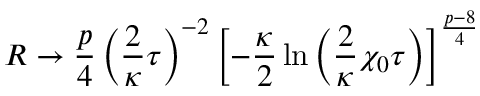
R \rightarrow \frac { p } { 4 } \left( \frac { 2 } { \kappa } \tau \right) ^ { - 2 } \left[ - \frac { \kappa } { 2 } \ln \left( \frac { 2 } { \kappa } \chi _ { 0 } \tau \right) \right] ^ { \frac { p - 8 } { 4 } }